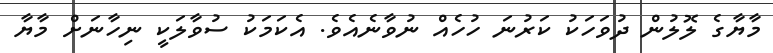
މާޔާގެ ލޮލުން ދުވަހަކު ކަރުނަ ހުހެއް ނުވާނެއެވެ. އެކަމަކު ސުވާލަކީ ނިހާނަށް މާޔާ